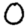
Digit: 0